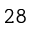
2 8